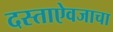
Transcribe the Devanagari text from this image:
दस्ताऐवजाचा